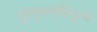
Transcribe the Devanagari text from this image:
सुरगुरुमभिपूज्य